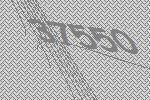
37550